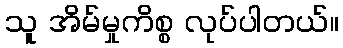
သူ အိမ်မှုကိစ္စ လုပ်ပါတယ်။